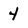
Character: 4